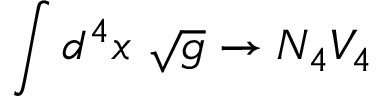
\int d ^ { 4 } x \ \sqrt { g } \rightarrow N _ { 4 } V _ { 4 }